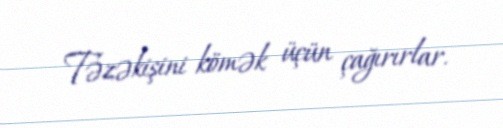
Təzəkişini kömək üçün çağırırlar.